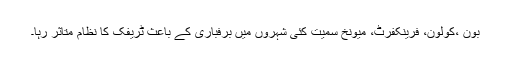
بون ،کولون، فرینکفرٹ، میونخ سمیت کئی شہروں میں برفباری کے باعث ٹریفک کا نظام متاثر رہا۔